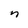
Character: n